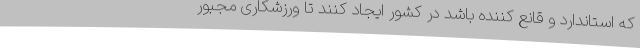
که استاندارد و قانع کننده باشد در کشور ایجاد کنند تا ورزشکاری مجبور